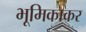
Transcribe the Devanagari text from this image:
भूमिकाकर